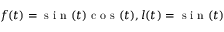
f ( t ) = \mathrm { ~ s ~ i ~ n ~ } ( t ) \mathrm { ~ c ~ o ~ s ~ } ( t ) , l ( t ) = \mathrm { ~ s ~ i ~ n ~ } ( t )